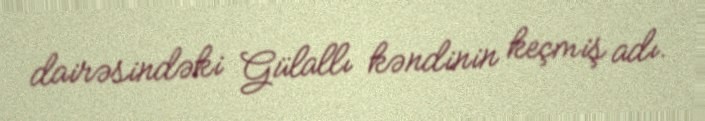
dairəsindəki Gülallı kəndinin keçmiş adı.